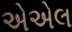
એએલ